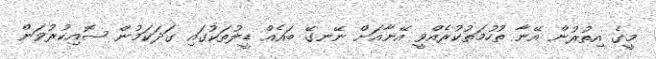
މީގެ އިތުރުން އޭނާ ތުހުމަތުކުރެއްވީ އޭނާއަށް ނޭނގޭ ބައެއް ޑީލުތަކުގައި ގަދަކަމުން ސޮއިކުރުވަން